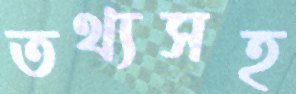
তথ্যসহ